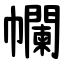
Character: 幱